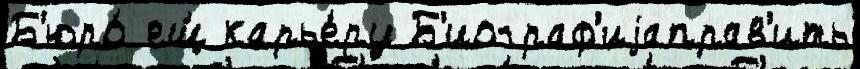
Б'юро́ ещ́ карье́ру Б'иограф'иjаправ'ить